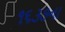
૧૬૩૭ના